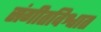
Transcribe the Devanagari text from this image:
संगीतविश्वात